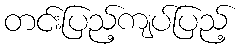
တင်းပြည့်ကျပ်ပြည့်